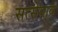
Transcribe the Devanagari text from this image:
सत्सेवाव